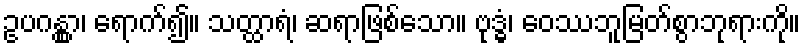
ဥပဂန္တွာ၊ ရောက်၍။ သတ္ထာရံ၊ ဆရာဖြစ်သော။ ဗုဒ္ဓံ၊ ဝေဿဘူမြတ်စွာဘုရားကို။